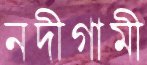
নদীগামী